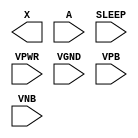
module sky130_fd_sc_hd__lpflow_inputiso1p (
    X    ,
    A    ,
    SLEEP,
    VPWR ,
    VGND ,
    VPB  ,
    VNB
);

    output X    ;
    input  A    ;
    input  SLEEP;
    input  VPWR ;
    input  VGND ;
    input  VPB  ;
    input  VNB  ;
endmodule